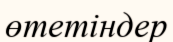
өтетіндер